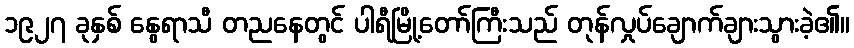
၁၉၂၇ ခုနှစ် နွေရာသီ တညနေတွင် ပါရီမြို့တော်ကြီးသည် တုန်လှုပ်ချောက်ချားသွားခဲ့၏။